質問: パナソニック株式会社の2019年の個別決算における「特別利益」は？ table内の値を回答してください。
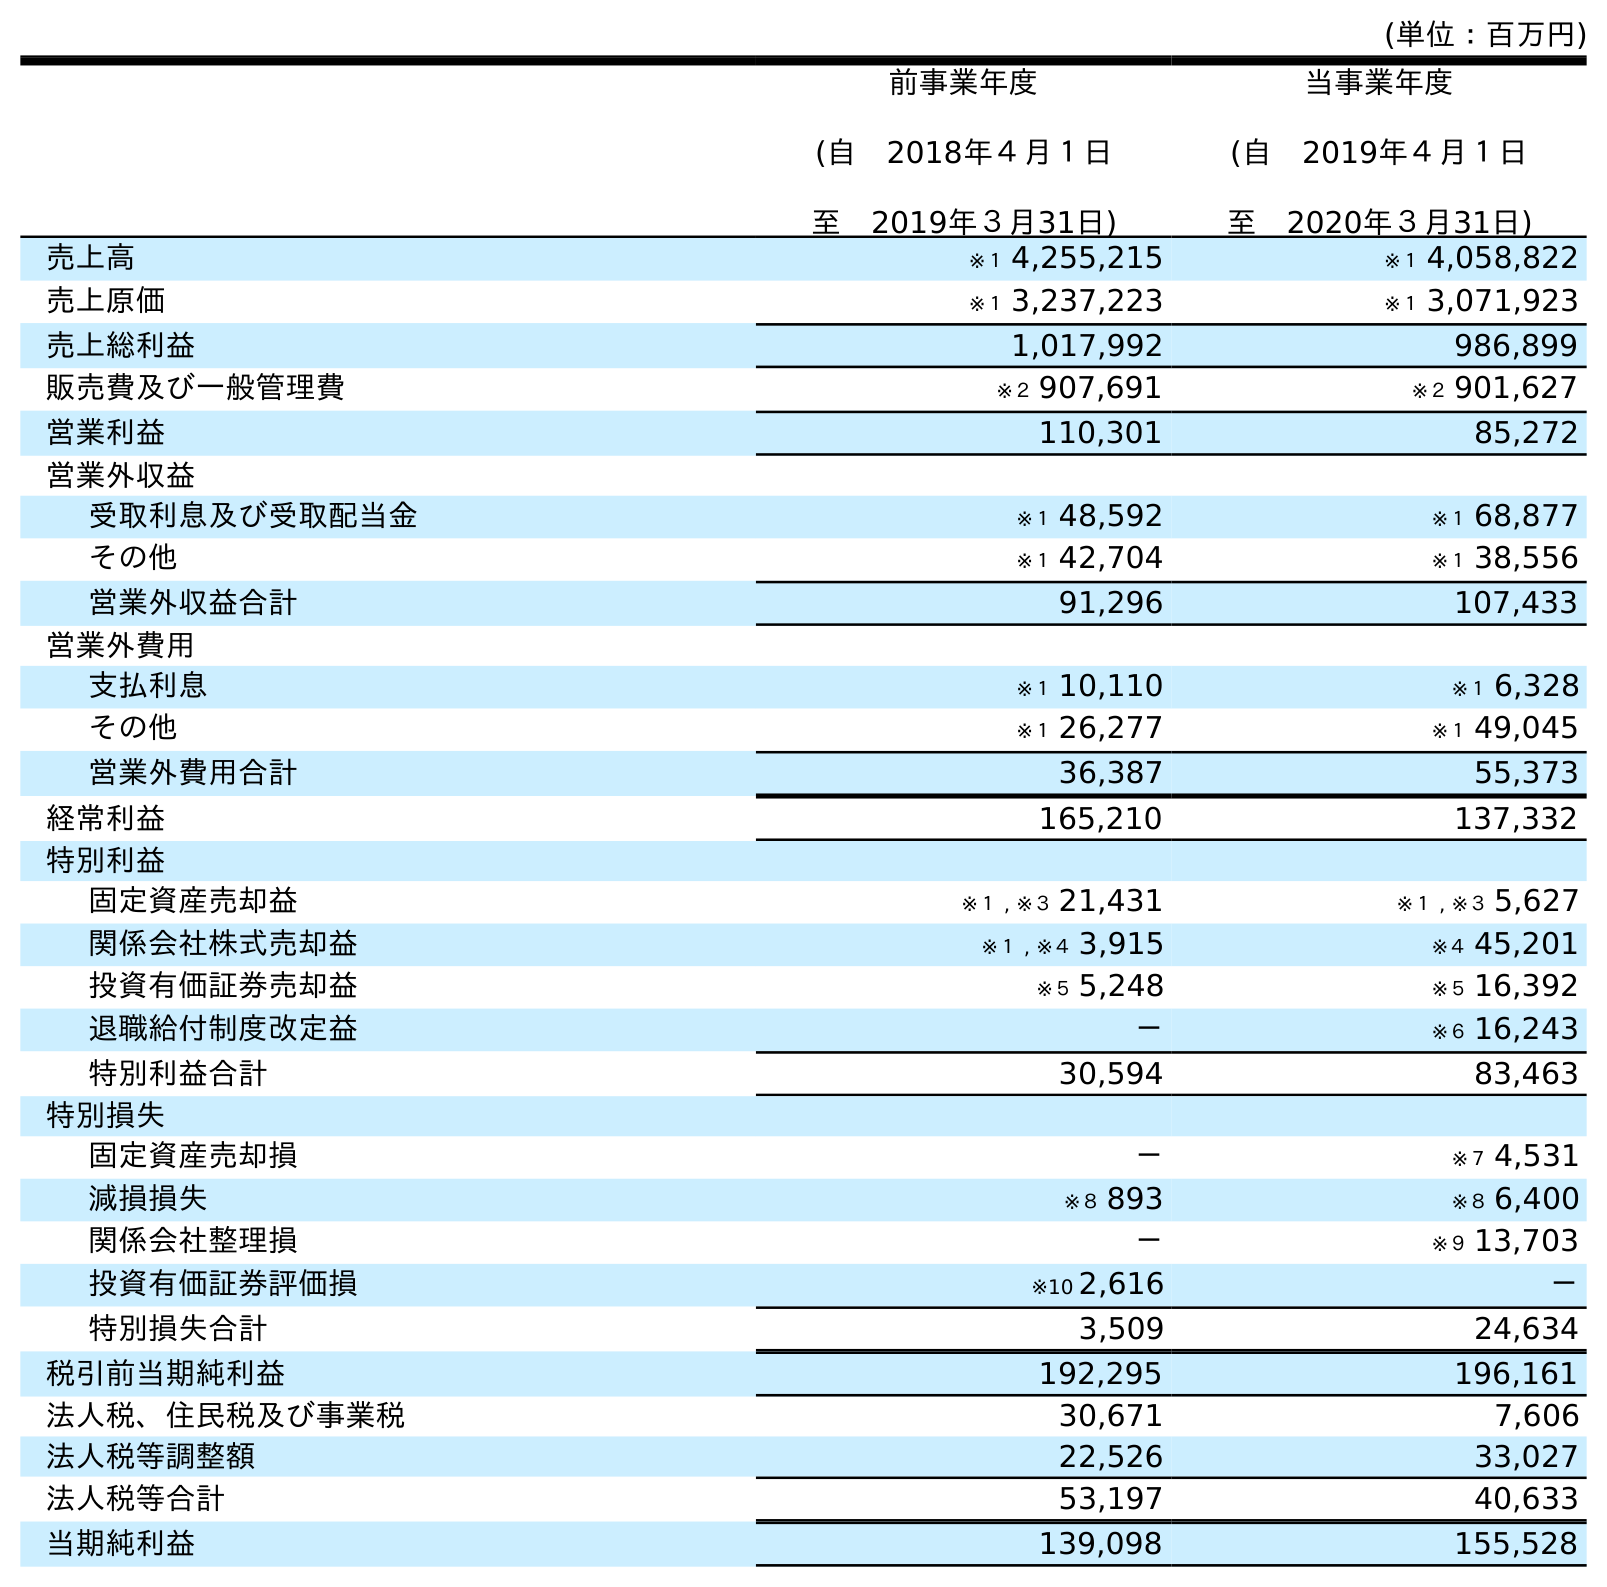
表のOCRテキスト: (単位：百万円) 前事業年度 (自 2018年４月１日 至 2019年３月31日) 当事業年度 (自 2019年４月１日 至 2020年３月31日) 売上高 ※１ 4,255,215 ※１ 4,058,822 売上原価 ※１ 3,237,223 ※１ 3,071,923 売上総利益 1,017,992 986,899 販売費及び一般管理費 ※２ 907,691 ※２ 901,627 営業利益 110,301 85,272 営業外収益 受取利息及び受取配当金 ※１ 48,592 ※１ 68,877 その他 ※１ 42,704 ※１ 38,556 営業外収益合計 91,296 107,433 営業外費用 支払利息 ※１ 10,110 ※１ 6,328 その他 ※１ 26,277 ※１ 49,045 営業外費用合計 36,387 55,373 経常利益 165,210 137,332 特別利益 固定資産売却益 ※１ , ※３ 21,431 ※１ , ※３ 5,627 関係会社株式売却益 ※１ , ※４ 3,915 ※４ 45,201 投資有価証券売却益 ※５ 5,248 ※５ 16,392 退職給付制度改定益 － ※６ 16,243 特別利益合計 30,594 83,463 特別損失 固定資産売却損 － ※７ 4,531 減損損失 ※８ 893 ※８ 6,400 関係会社整理損 － ※９ 13,703 投資有価証券評価損 ※10 2,616 － 特別損失合計 3,509 24,634 税引前当期純利益 192,295 196,161 法人税、住民税及び事業税 30,671 7,606 法人税等調整額 22,526 33,027 法人税等合計 53,197 40,633 当期純利益 139,098 155,528
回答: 30,594